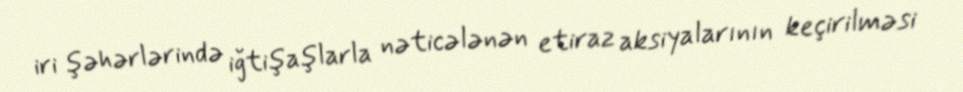
iri şəhərlərində iğtişaşlarla nəticələnən etiraz aksiyalarının keçirilməsi